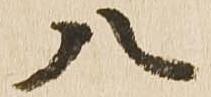
八